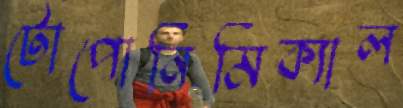
টোপোনিমিক্যাল